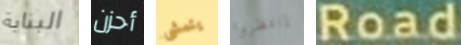
البناية أحزن يتمشى إنتظروا Road